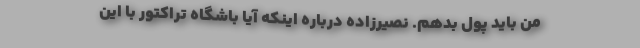
من باید پول بدهم. نصیرزاده درباره اینکه آیا باشگاه تراکتور با این